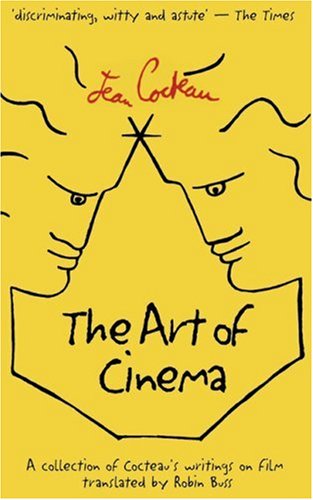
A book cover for The Art of Cinema; Jean Cocteau; Gay & Lesbian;